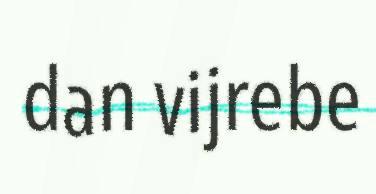
dan vijrebe